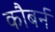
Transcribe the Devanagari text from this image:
कौबर्न